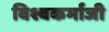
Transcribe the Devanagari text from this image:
विश्वकर्माजी